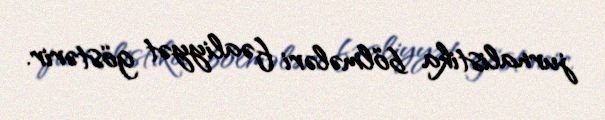
jurnalistika bölmələri fəaliyyət göstərir.